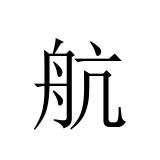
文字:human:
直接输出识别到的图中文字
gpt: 航